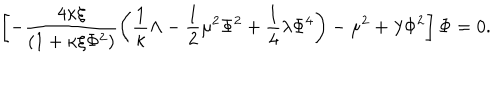
LaTeX: \left[ - \frac { 4 \kappa \xi } { \left( 1 + \kappa \xi \Phi ^ { 2 } \right) } \left( \frac { 1 } { \kappa } \Lambda - \frac { 1 } { 2 } \mu ^ { 2 } \Phi ^ { 2 } + \frac { 1 } { 4 } \lambda \Phi ^ { 4 } \right) - \mu ^ { 2 } + \lambda \Phi ^ { 2 } \right] \Phi = 0 .